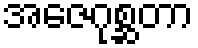
အဇေဂုစ္ဆတာ